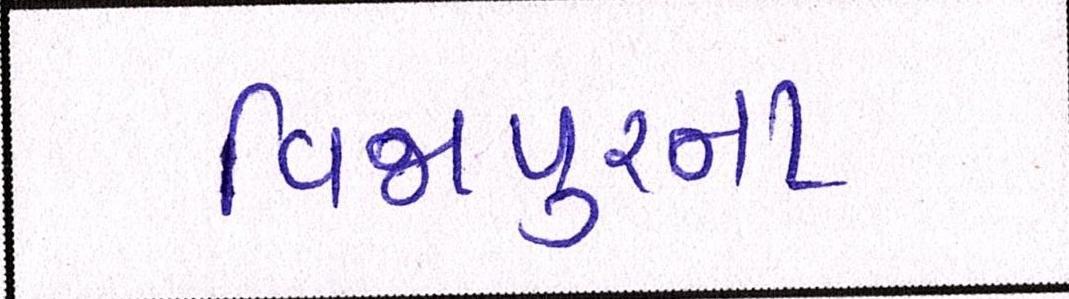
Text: વિજાપુરના